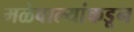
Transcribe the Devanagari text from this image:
मळेवाल्यांकडून